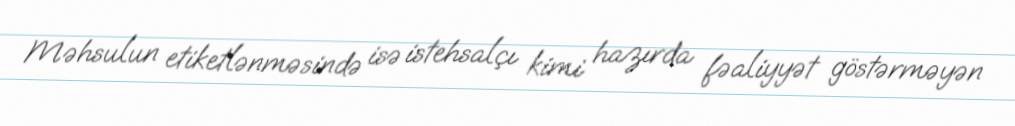
Məhsulun etiketlənməsində isə istehsalçı kimi hazırda fəaliyyət göstərməyən